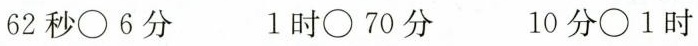
62秒\circ 6分 1时\circ 70分 10分\circ 1时